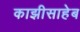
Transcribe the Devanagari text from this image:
काझीसाहेब